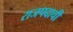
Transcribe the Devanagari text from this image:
राजपदाची